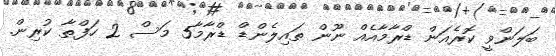
ބަލަންވީ ކޮރެއަން ޑްރާމާއެއް ނޫން ތައިލެންޑް ޑްރާމާ5 މަސް 2 ހަފްތާ ކުރިން.